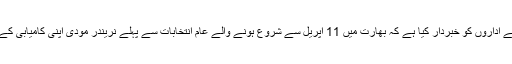
وزیراعظم عمران خان نے واضح الفاظ میں پوری قوم اور اس کے اداروں کو خبردار کیا ہے کہ بھارت میں 11 اپریل سے شروع ہونے والے عام انتخابات سے پہلے نریندر مودی اپنی کامیابی کے لئے پاکستان کے خلاف کوئی بھی سنگین حرکت کر سکتا ہے۔